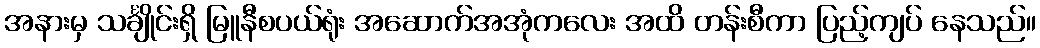
အနားမှ သင်္ချိုင်းရှိ မြူနီစပယ်ရုံး အဆောက်အအုံကလေး အထိ တန်းစီကာ ပြည့်ကျပ် နေသည်။